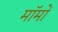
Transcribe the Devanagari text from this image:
मॉमों